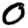
Digit: 0